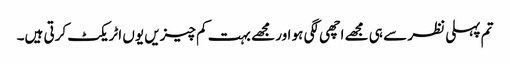
تم پہلی نظر سے ہی مجھے اچھی لگی ہو اور مجھے بہت کم چیزیں یوں اٹریکٹ کرتی ہیں۔